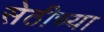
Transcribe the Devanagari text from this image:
सेठीच्या